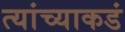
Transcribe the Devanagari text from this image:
त्यांच्याकडं